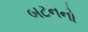
બટનનો